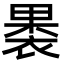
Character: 𮖐